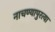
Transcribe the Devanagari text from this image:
नाचण्यापुरत्या